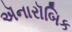
ઍનારૉબિક